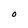
Character: O